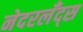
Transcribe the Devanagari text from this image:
नेदरलँद्स